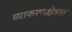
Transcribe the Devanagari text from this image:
व्याकरणक्षेत्रात